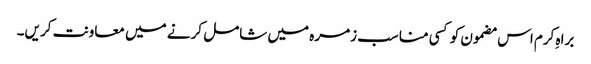
براہِ کرم اس مضمون کو کسی مناسب زمرہ میں شامل کرنے میں معاونت کریں۔